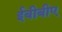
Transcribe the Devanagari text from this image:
ईबीबीए